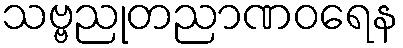
သဗ္ဗညုတညာဏဝရေန